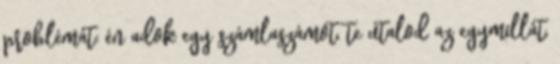
problémát: én adok egy számlaszámot, te utalod az egymillát,